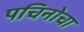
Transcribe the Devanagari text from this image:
पचिनोचा